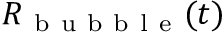
R _ { \mathrm { ~ b ~ u ~ b ~ b ~ l ~ e ~ } } ( t )